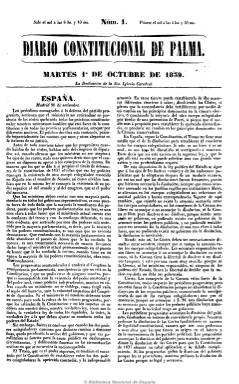
Título: Diario constitucional de Palma (1839)
Otros títulos: Diario constitucional de Palma de Mallorca || Diario constitucional de Mallorca
Colección: Periódicos anteriores a 1850
Ámbito geográfico: Baleares
Lugar de publicación: Palma de Mallorca
Fechas: 01/10/1839-31/12/1851

Es continuación de Diario balear (1823) que Felipe Guasp y Pascual, regente de la Imprenta Nacional, publicará como editor responsable. A lo largo de este periodo el título sufre varias modificaciones, pasando a denominarse también Diario Constitucional de Mallorca y Diario Constitucional de Palma de Mallorca, reiniciando su numeración trimestralmente. Típico diario de cuatro páginas que en este período va disminuyendo el número de sus artículos puramente doctrinales para publicar otros de actualidad política o de historia local. Sus contenidos noticiosos se refieren tanto a la actualidad parlamentaria, oficial y gubernamental como a los partes de la guerra carlista. Incluye noticias tanto del extranjero, de Madrid y provincias como de Palma de Mallorca, de su actividad portuaria, vida teatral, política o comercial, así como algunos escuetos anuncios o avisos. También incluye la habitual revista de periódicos y editó un suplemento titulado El propagador balear.